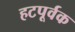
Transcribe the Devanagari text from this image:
हटपूर्वक